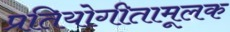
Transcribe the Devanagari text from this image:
प्रतियोगीतामूलक